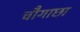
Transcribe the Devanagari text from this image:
चौगाछा